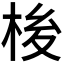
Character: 𪲏